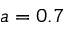
a = 0 . 7